Treatise on elephants
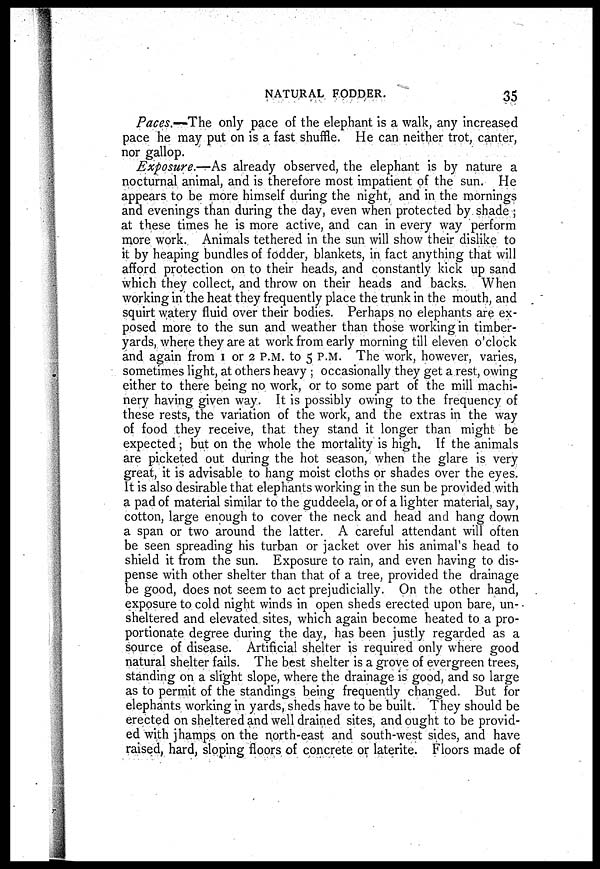
NATURAL FODDER.
35
Paces.-The only pace of the elephant is a walk, any increased
pace he may put on is a fast shuffle. He can neither trot, canter,
nor gallop.
Exposure.—As already observed, the elephant is by nature a
nocturnal animal, and is therefore most impatient of the sun. He
appears to be more himself during the night, and in the mornings
and evenings than during the day, even when protected by shade ;
at these times he is more active, and can in every way perform
more work. Animals tethered in the sun will show their dislike to
it by heaping bundles of fodder, blankets, in fact anything that will
afford protection on to their heads, and constantly kick up sand
which they collect, and throw on their heads and backs. When
working in the heat they frequently place the trunk in the mouth, and
squirt watery fluid over their bodies. Perhaps no elephants are ex-
posed more to the sun and weather than those working in timber-
yards, where they are at work from early morning till eleven o'clock
and again from 1 or 2 P.M. to 5 P.M. The work, however, varies,
sometimes light, at others heavy ; occasionally they get a rest, owing
either to there being no work, or to some part of the mill machi-
nery having given way. It is possibly owing to the frequency of
these rests, the variation of the work, and the extras in the way
of food they receive, that they stand it longer than might be
expected ; but on the whole the mortality is high. If the animals
are picketed out during the hot season, when the glare is very
great, it is advisable to hang moist cloths or shades over the eyes.
It is also desirable that elephants working in the sun be provided with
a pad of material similar to the guddeela, or of a lighter material, say,
cotton, large enough to cover the neck and head and hang down
a span or two around the latter. A careful attendant will often
be seen spreading his turban or jacket over his animal's head to
shield it from the sun. Exposure to rain, and even having to dis-
pense with other shelter than that of a tree, provided the drainage
be good, does not seem to act prejudicially. On the other hand,
exposure to cold night winds in open sheds erected upon bare, un-
sheltered and elevated sites, which again become heated to a pro-
portionate degree during the day, has been justly regarded as a
source of disease. Artificial shelter is required only where good
natural shelter fails. The best shelter is a grove of evergreen trees,
standing on a slight slope, where the drainage is good, and so large
as to permit of the standings being frequently changed. But for
elephants working in yards, sheds have to be built. They should be
erected on sheltered and well drained sites, and ought to be provid-
ed with jhamps on the north-east and south-west sides, and have
raised, hard, sloping floors of concrete or laterite. Floors made of